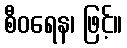
စီဝရေန၊ ဖြင့်။